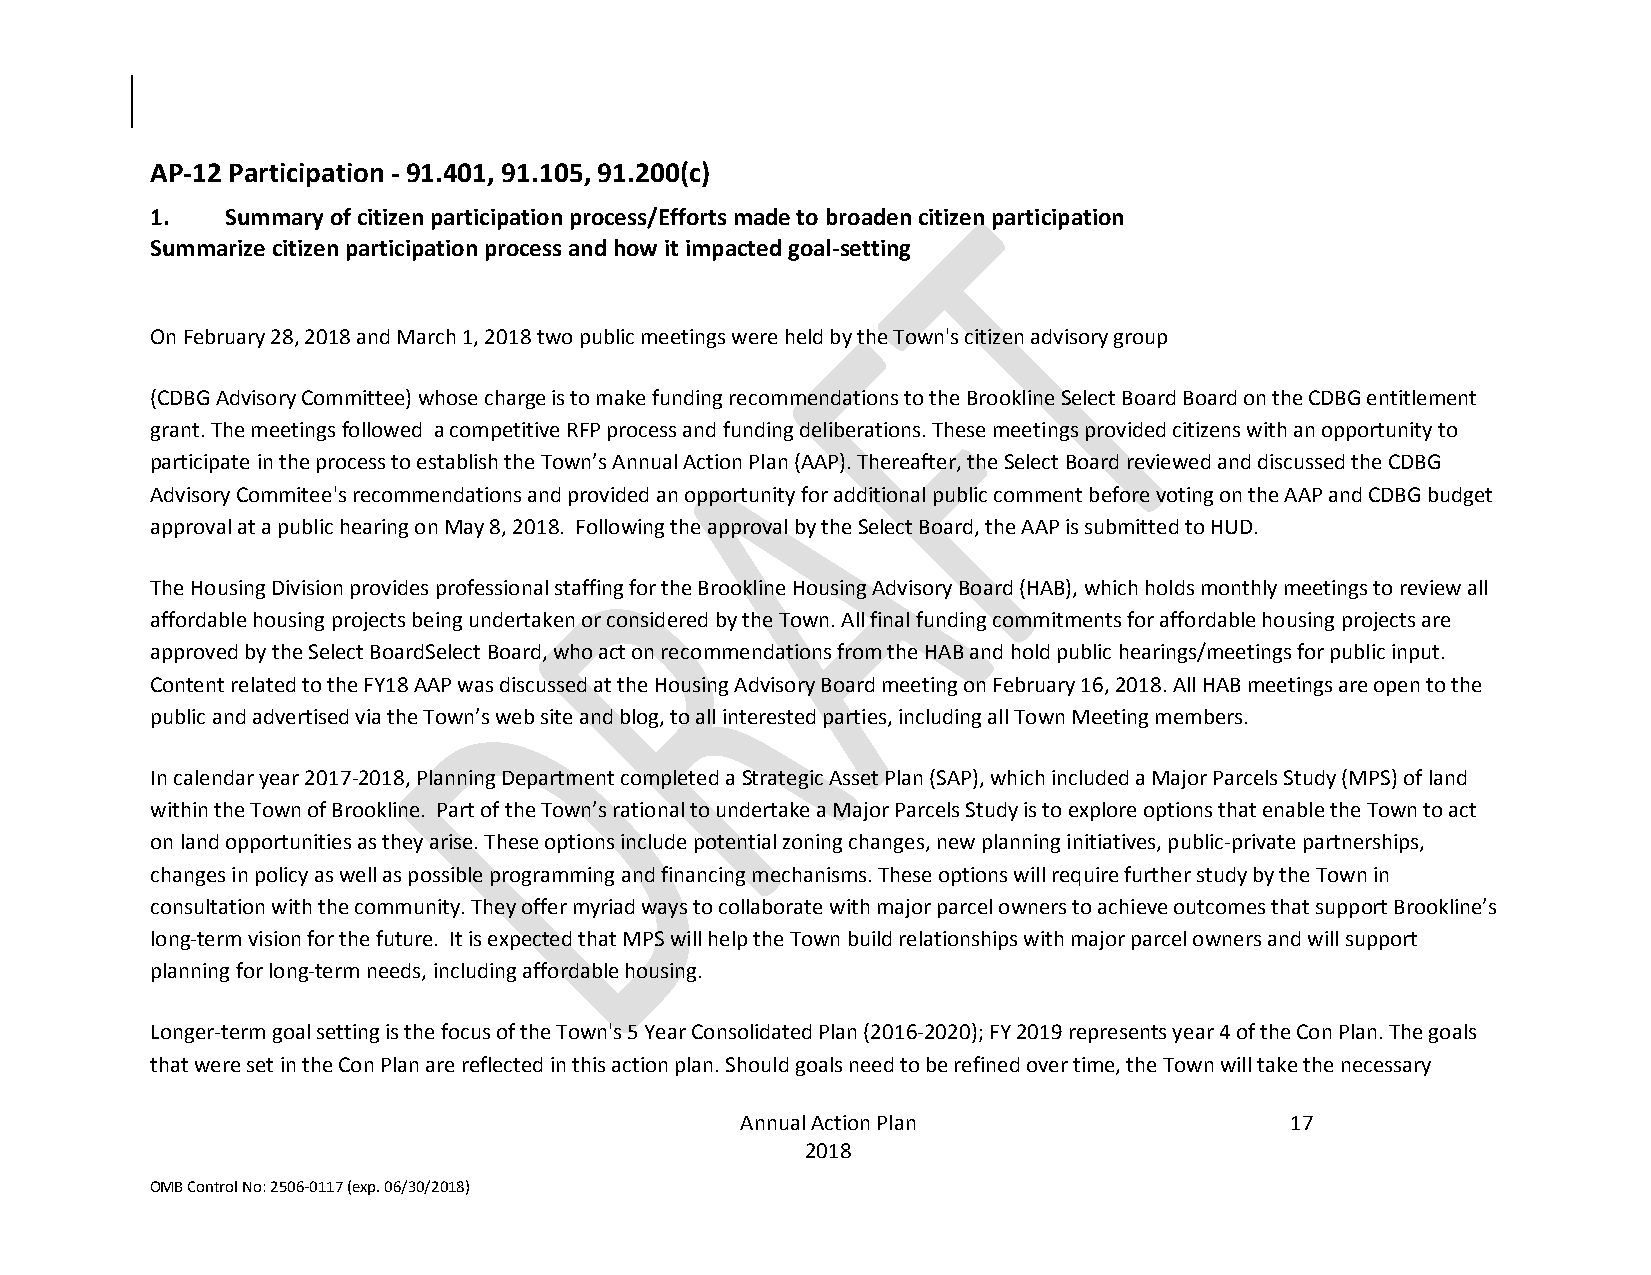
AP-12 Participation - 91.401, 91.105, 91.200(c)
 1.   Summary of citizen participation process/Efforts made to broaden citizen participation
 Summarize citizen participation process and how it impacted goal-setting
 On February 28, 2018 and March 1, 2018 two public meetings were held by the Town's citizen advisory group
 (CDBG Advisory Committee) whose charge is to make funding recommendations to the Brookline Select Board Board on the CDBG entitlement
 grant. The meetings followed a competitive RFP process and funding deliberations. These meetings provided citizens with an opportunity to
 participate in the process to establish the Town’s Annual Action Plan (AAP). Thereafter, the Select Board reviewed and discussed the CDBG
 Advisory Commitee's recommendations and provided an opportunity for additional public comment before voting on the AAP and CDBG budget
 approval at a public hearing on May 8, 2018. Following the approval by the Select Board, the AAP is submitted to HUD.
 The Housing Division provides professional staffing for the Brookline Housing Advisory Board (HAB), which holds monthly meetings to review all
 affordable housing projects being undertaken or considered by the Town. All final funding commitments for affordable housing projects are
 approved by the Select BoardSelect Board, who act on recommendations from the HAB and hold public hearings/meetings for public input.
 Content related to the FY18 AAP was discussed at the Housing Advisory Board meeting on February 16, 2018. All HAB meetings are open to the
 public and advertised via the Town’s web site and blog, to all interested parties, including all Town Meeting members.
 In calendar year 2017-2018, Planning Department completed a Strategic Asset Plan (SAP), which included a Major Parcels Study (MPS) of land
 within the Town of Brookline. Part of the Town’s rational to undertake a Major Parcels Study is to explore options that enable the Town to act
 on land opportunities as they arise. These options include potential zoning changes, new planning initiatives, public-private partnerships,
 changes in policy as well as possible programming and financing mechanisms. These options will require further study by the Town in
 consultation with the community. They offer myriad ways to collaborate with major parcel owners to achieve outcomes that support Brookline’s
 long-term vision for the future. It is expected that MPS will help the Town build relationships with major parcel owners and will support
 planning for long-term needs, including affordable housing.
 Longer-term goal setting is the focus of the Town's 5 Year Consolidated Plan (2016-2020); FY 2019 represents year 4 of the Con Plan. The goals
 that were set in the Con Plan are reflected in this action plan. Should goals need to be refined over time, the Town will take the necessary
 Annual Action Plan                  17
 2018
 OMB Control No: 2506-0117 (exp. 06/30/2018)